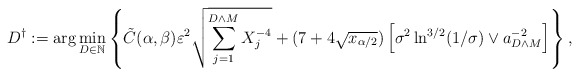
\begin{align*}D^\dagger := \arg\min_{D \in \mathbb{N}} \left\{\tilde C(\alpha,\beta) \varepsilon^2 \sqrt{\sum_{j=1}^{D \wedge M} X_j^{-4}} + (7+4\sqrt{x_{\alpha/2}}) \left[\sigma^2 \ln^{3/2}(1/\sigma) \vee a^{-2}_{D \wedge M}\right]\right\},\end{align*}